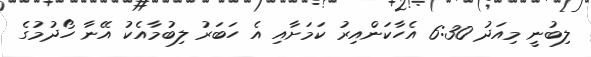
ލިބުނީ މިއަދު 6:30 އެހާކަންއިރު ކަމަށާއި އެ ހަބަރު ލިބުމާއެކު އޭނާ ހޯދުމުގެ